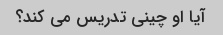
آیا او چینی تدریس می کند؟